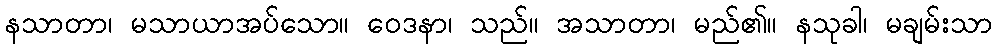
နသာတာ၊ မသာယာအပ်သော။ ဝေဒနာ၊ သည်။ အသာတာ၊ မည်၏။ နသုခါ၊ မချမ်းသာ